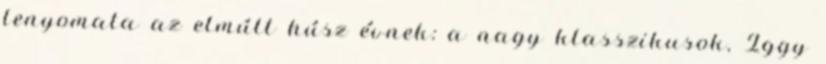
lenyomata az elmúlt húsz évnek: a nagy klasszikusok, Iggy